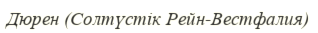
Дюрен (Солтүстік Рейн-Вестфалия)